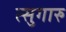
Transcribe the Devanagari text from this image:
त्सुगारु